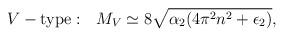
\begin{align*}V-{\rm type}: \ \ M_V\simeq 8\sqrt{\alpha_2(4\pi^2n^2+\epsilon_2)},\end{align*}